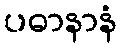
ပဓာနာနံ